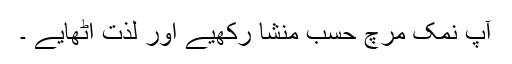
آپ نمک مرچ حسب منشا رکھیے اور لذت اٹھایے ۔